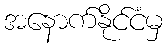
အနောက်နိုင်ငံမှ